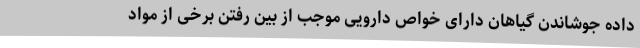
داده جوشاندن گیاهان دارای خواص دارویی موجب از بین رفتن برخی از مواد